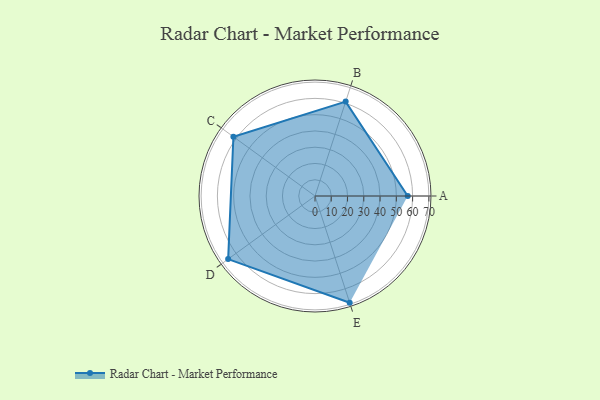
{"axis": {"x": "Skill", "y": "Score"}, "legend": ["Profile"], "data": [{"x": "A", "y": 57.0, "type": "Profile"}, {"x": "B", "y": 61.0, "type": "Profile"}, {"x": "C", "y": 62.0, "type": "Profile"}, {"x": "D", "y": 66.0, "type": "Profile"}, {"x": "E", "y": 69.0, "type": "Profile"}]}